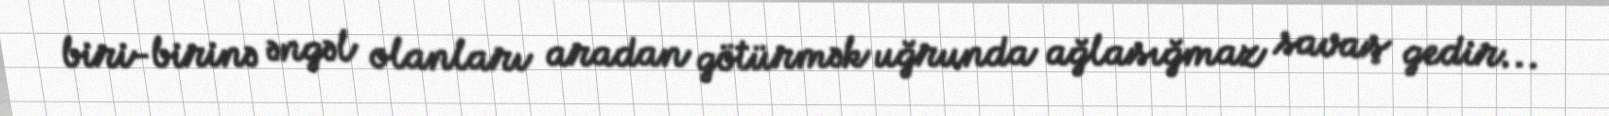
biri-birinə əngəl olanları aradan götürmək uğrunda ağlasığmaz savaş gedir...